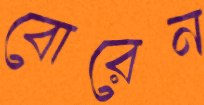
বোরেন